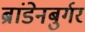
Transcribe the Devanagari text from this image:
ब्रांडेनबुर्गर